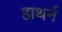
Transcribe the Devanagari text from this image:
हाथर्न